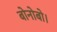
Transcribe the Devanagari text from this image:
बोनोबो।